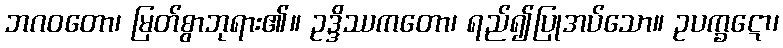
ဘဂဝတော၊ မြတ်စွာဘုရား၏။ ဥဒ္ဒိဿကတော၊ ရည်၍ပြုအပ်သော။ ဥပက္ခဋော၊